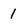
Character: 1